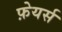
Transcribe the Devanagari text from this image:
फ़ेयर्स